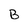
Character: B